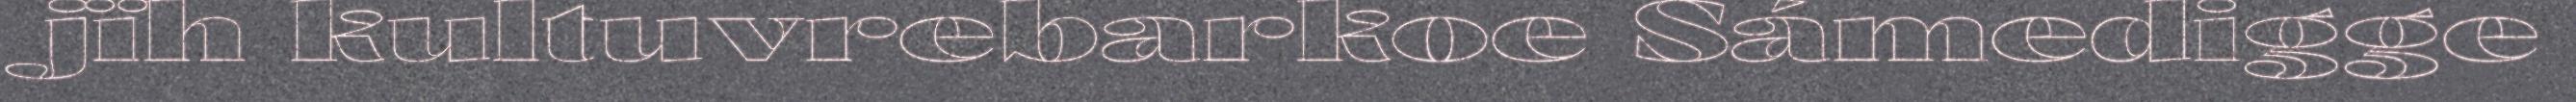
jïh kultuvrebarkoe Sámedigge